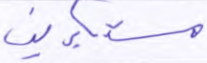
مستكبرين